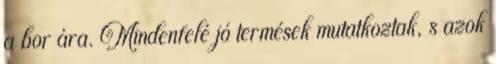
a bor ára. Mindenfelé jó termések mutatkoztak, s azok